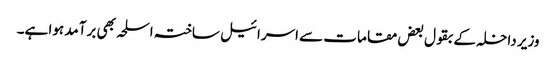
وزیر داخلہ کے بقول بعض مقامات سے اسرائیل ساختہ اسلحہ بھی برآمد ہوا ہے۔